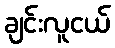
ချင်းလူငယ်